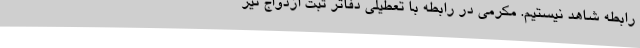
رابطه شاهد نیستیم. مکرمی در رابطه با تعطیلی دفاتر ثبت ازدواج نیز